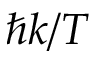
\hbar k / T